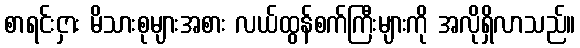
စာရင်းငှား မိသားစုများအစား လယ်ထွန်စက်ကြီးများကို အလိုရှိလာသည်။